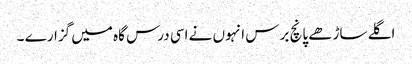
اگلے ساڑھے پانچ برس انہوں نے اسی درس گاہ میں گزارے ۔